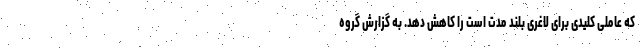
که عاملی کلیدی برای لاغری بلند مدت است را کاهش دهد. به گزارش گروه